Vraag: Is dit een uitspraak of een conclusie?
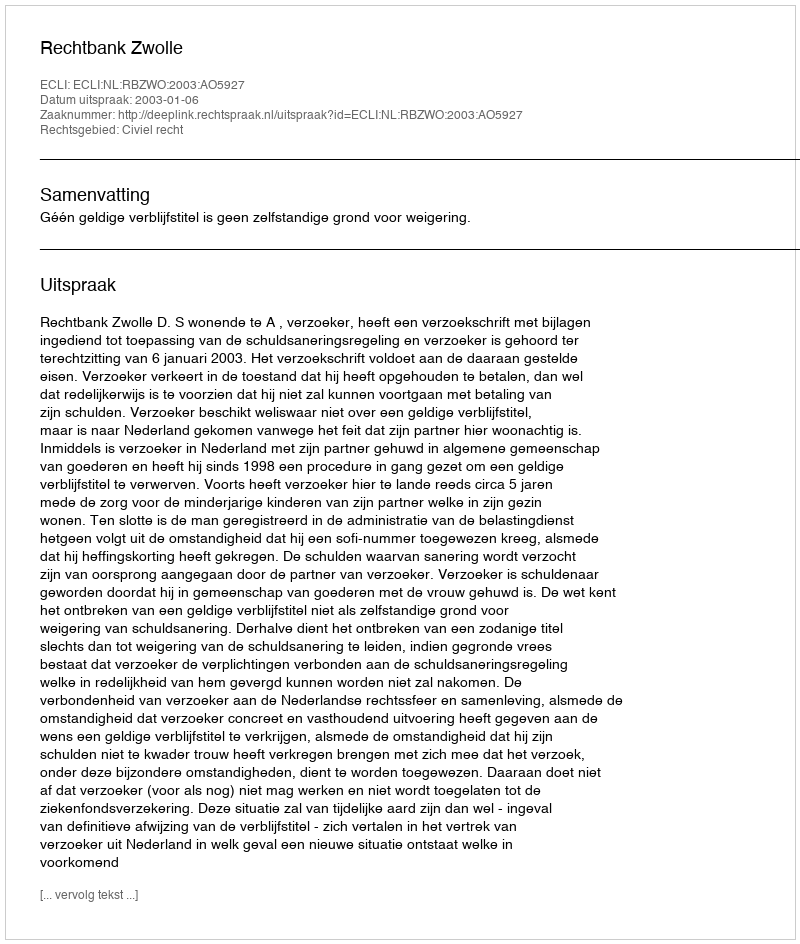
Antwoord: Uitspraak